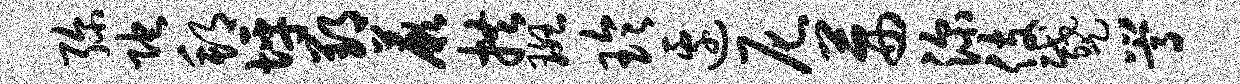
弥陀邦坪郢蕨拱斑玲边尼茜深伎蹙嵩